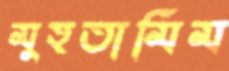
মুহতামিম